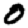
Digit: 0